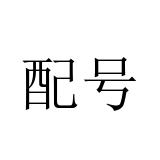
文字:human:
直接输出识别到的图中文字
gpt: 配号